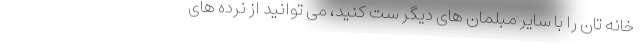
خانه تان را با سایر مبلمان های دیگر ست کنید، می توانید از نرده های